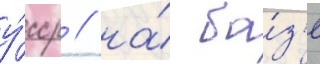
у́сср / на́ ба́з'е